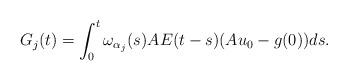
LaTeX: \begin{align*} G_j(t) = \int_0^t \omega_{\alpha_j}(s)AE(t-s)( Au_0 - g(0) )ds. \end{align*}